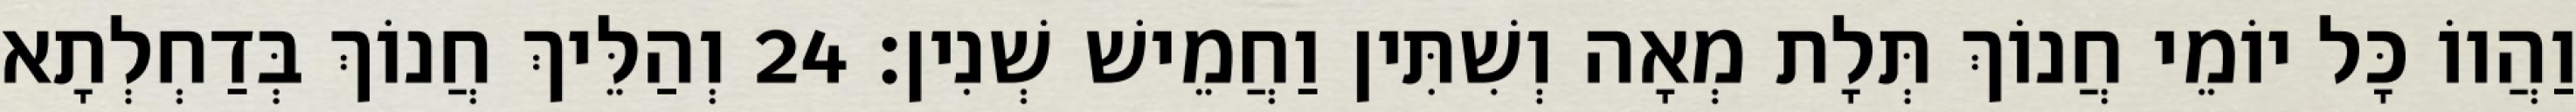
וַהֲווֹ כָּל יוֹמֵי חֲנוֹךְ תְּלָת מְאָה וְשִׁתִּין וַחֲמֵישׁ שְׁנִין׃ 24 וְהַלֵּיךְ חֲנוֹךְ בְּדַחְלְתָא